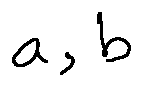
a , b